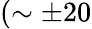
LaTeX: (\sim\pm 20